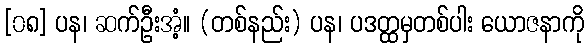
[၀၈] ပန၊ ဆက်ဦးအံ့။ (တစ်နည်း) ပန၊ ပဒတ္ထမှတစ်ပါး ယောဇနာကို